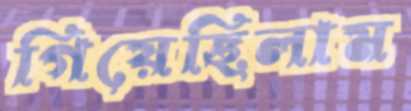
গিয়েছিলাম